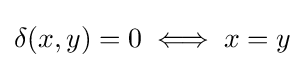
\delta (x,y)=0\iff x=y